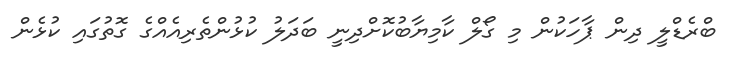
ބްރެޑްލީ ދިން ޕާހަކުން މި ގޯލް ކާމިޔާބުކޮށްދިނީ ބަދަލު ކުޅުންތެރިއެއްގެ ގޮތުގައި ކުޅެން